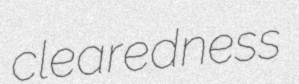
clearedness